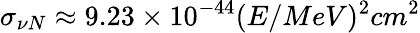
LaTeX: \sigma_{\nu N}\approx 9.23\times 10^{-44}(E/MeV)^{2}cm^{2}